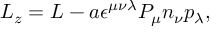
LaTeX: L _ { z } = L - a \epsilon ^ { \mu \nu \lambda } P _ { \mu } n _ { \nu } p _ { \lambda } ,